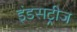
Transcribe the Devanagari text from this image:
इंडसट्रीज